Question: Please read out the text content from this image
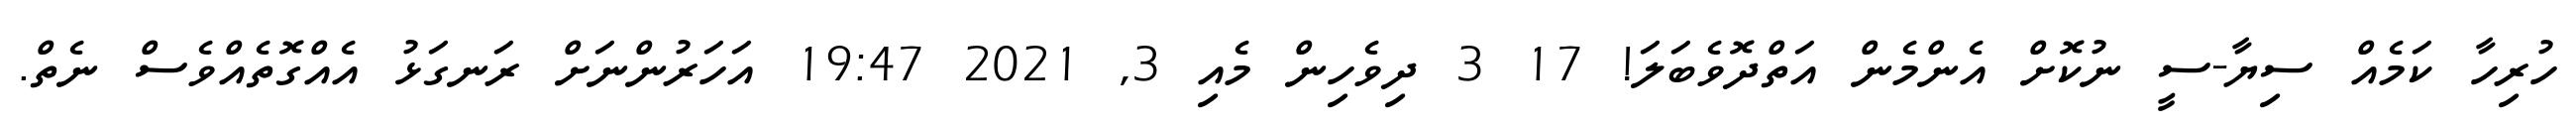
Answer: ހުރިހާ ކަމެއް ސިޔާ-ސީ ނުކޮށް އެންމެން އަތްދޮވެބަލަ! 17 3 ދިވެހިން މެއި 3, 2021 19:47 އަހަރުންނަށް ރަނގަޅު އެއްގޮތެއްވެސް ނެތް.